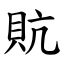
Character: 貥